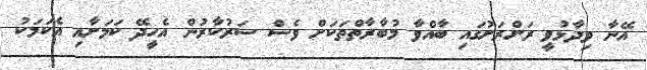
އޭނާ ވިދާޅުވީ ރަށްރަށުގައި ބާއްވާ މުބާރާތްތަކަށް ވެސް ސަރުކާރުން އެހީދޭ ކަމަށާއި އެކަމަކު